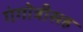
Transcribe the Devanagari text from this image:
गंगोत्रीसह